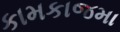
કામકાજમા